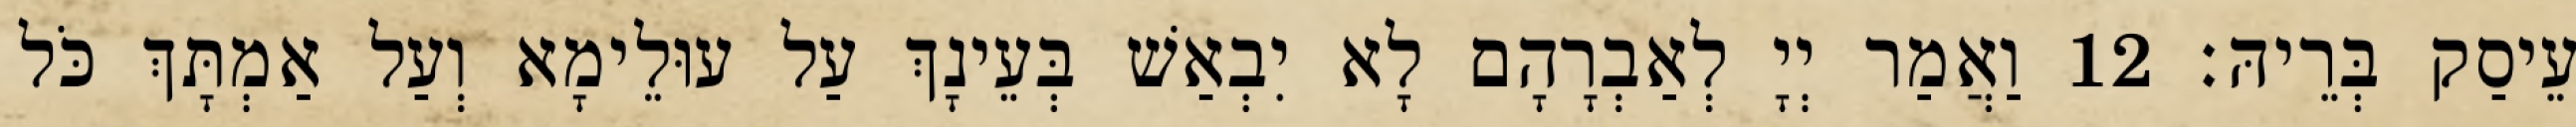
עֵיסַק בְּרֵיהּ׃ 12 וַאֲמַר יְיָ לְאַבְרָהָם לָא יִבְאַשׁ בְּעֵינָךְ עַל עוּלֵימָא וְעַל אַמְתָּךְ כֹּל